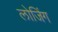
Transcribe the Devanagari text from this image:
लोजिंग